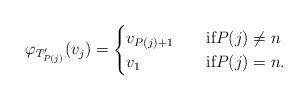
LaTeX: \begin{align*}\varphi_{T'_{P(j)}}(v_j)=\begin{cases} v_{P(j)+1}&\quad\mbox{if}P(j)\ne n\\v_1&\quad\mbox{if}P(j)=n.\end{cases}\end{align*}